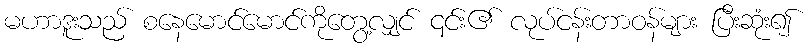
မဟာဒူးသည် စနေမောင်မောင်ကိုတွေ့လျှင် ၎င်း၏ လုပ်ငန်းတာဝန်များ ပြီးဆုံး၍